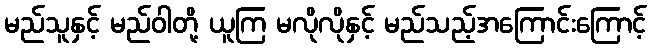
မည်သူနှင့် မည်ဝါတို့ ယူကြ မလိုလိုနှင့် မည်သည့်အကြောင်းကြောင့်